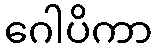
ဂေါပိကာ